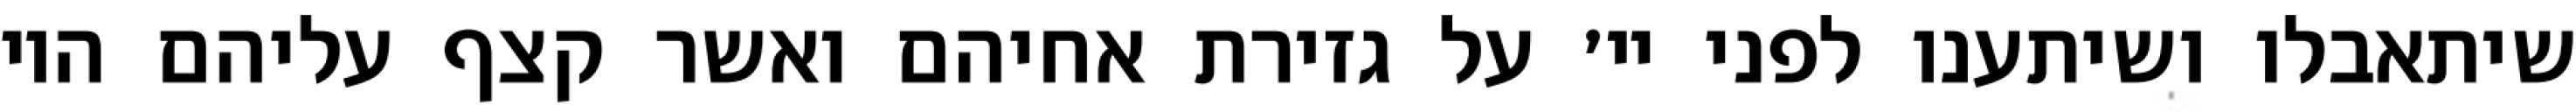
שיתאבלו ושיתענו לפני יי׳ על גזירת אחיהם ואשר קצף עליהם היו